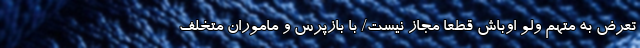
تعرض به متهم ولو اوباش قطعا مجاز نیست/ با بازپرس و ماموران متخلف